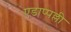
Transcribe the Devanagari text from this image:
एडाप्पल्ली